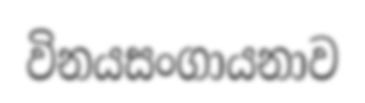
විනයසංගායනාව